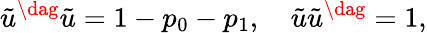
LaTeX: \tilde{u}^{\dag}\tilde{u}=1-p_{0}-p_{1},\quad\tilde{u}\tilde{u}^{\dag}=1,